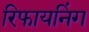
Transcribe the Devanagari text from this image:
रिफायनिंग